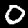
Label: 0